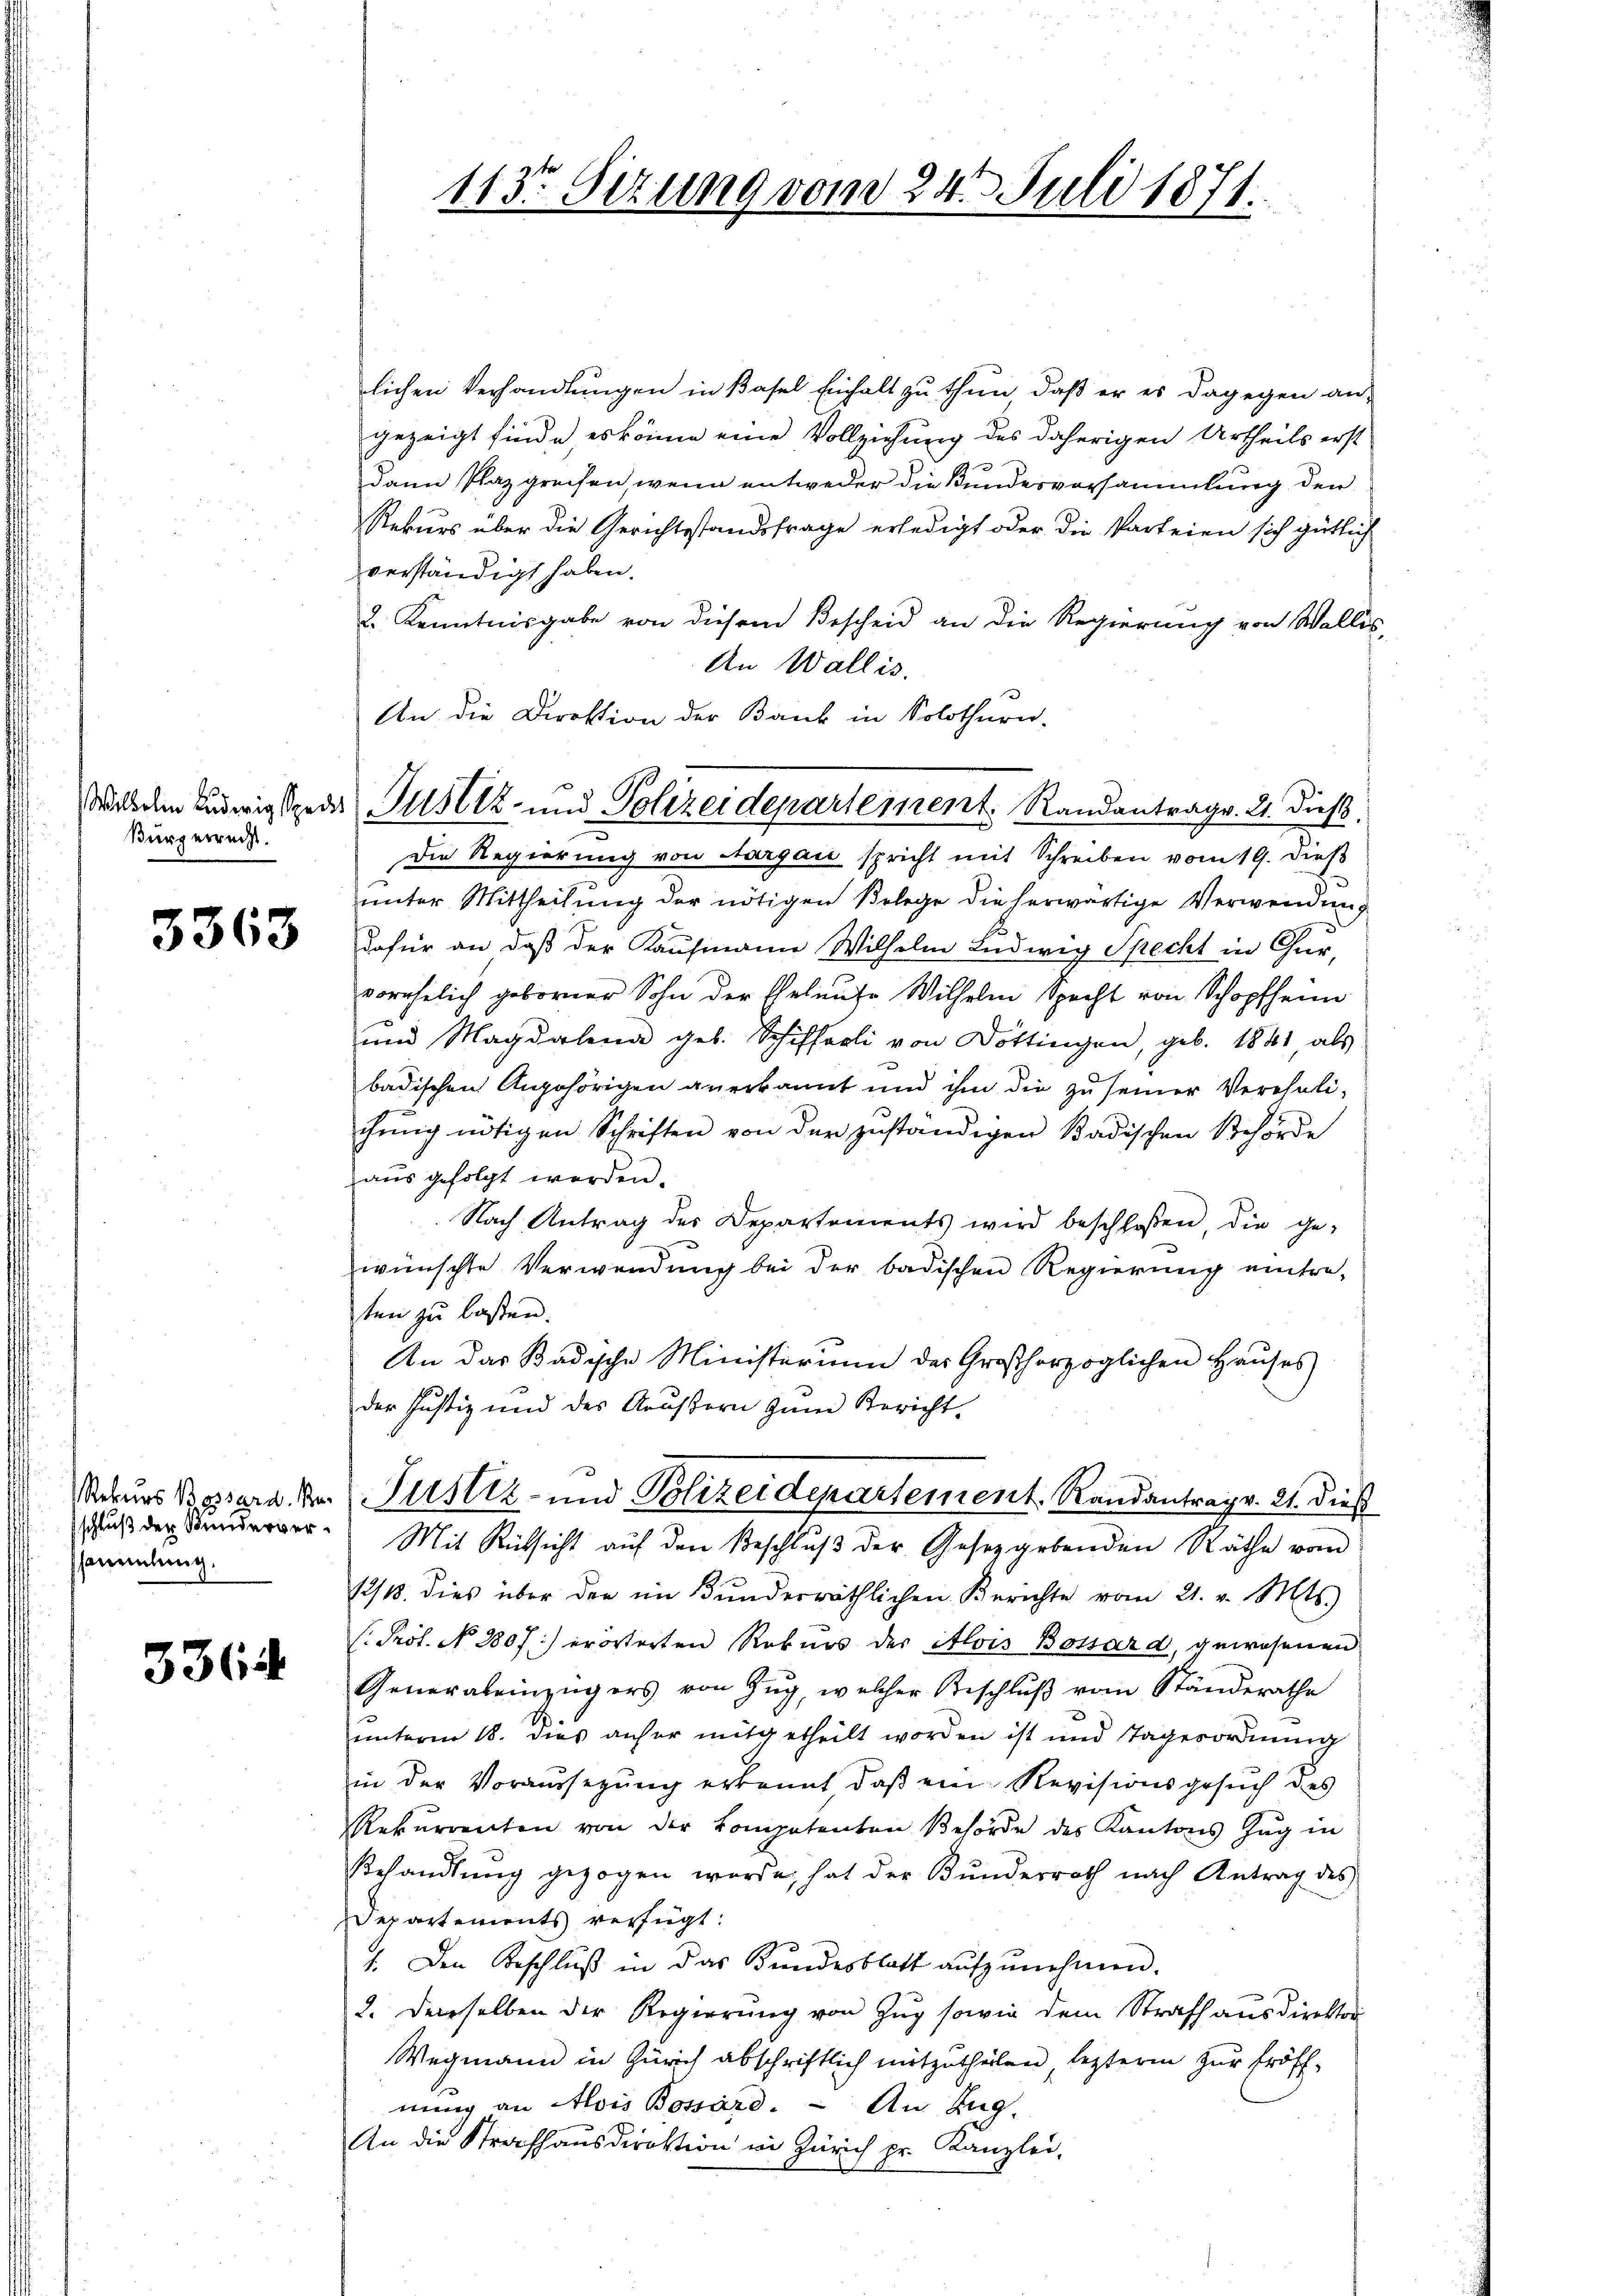
Burgerrecht.

3363

ssammlung.

3364

lichen Verhandlungen in Basel Einhalt zu thun, daß er es dagegen an-
gezeigt finde, es könne eine Vollziehung des daherigen Urtheils erst
dann Plaz greifen, wenn entweder die Bundesversammlung den
Rekurs über die Gerichtsstandsfrage erledigt oder die Parteien sich gütlich
verständigt haben.
2. Kenntnisgabe von diesem Bescheid an die Regierung von Wallis,
An Wallis.
Die Regierung von Aargau spricht mit Schreiben vom 19. dieß
unter Mittheilung der nötigen Belege die herwärtige Verwendung
dafür an daß der Kaufmann Wilhelm Ludwig Specht in Chur,
vorehelich geborner Sohn der Eheleute Wilhelm Specht von Schopfheim
und Magdalena geb. Schiffarli von Döttingen, geb. 1841, als
badischen Angehörigen anerkannt und ihm die zu seiner Vereheli-
chung nötigen Schriften von der zuständigen Badischen Behörde
aus gefolgt werden.
Nach Antrag des Departements wird beschloßen, die ge-
wünschte Verwendung bei der badischen Regierung eintre-
ten zu lassen.
An das Badische Ministerium der Großherzoglichen Haŭses
der Justiz und des Aeussern zum Bericht.
Rekurs Bossare der Justiz- und Polizeidepartement Randantrag v. 21. dieß
ŭβ der Kinderer. Mit Rücksicht aŭf den Beschlŭβ der Gesetzgebenden Räthe vom
12/10. dies über den im Bŭndesräthlichen Berichte vom 21. v. Mts.
: Prof. No. 1807. erörterten Rekurs der Alois Bossard, gewesenen
Generaleinzügers von Zŭg, welcher Beschlŭβ vom Ständerathe
unterm 18. dies anher mitgetheilt worden ist und Tagesordnung
in der Voraussezung erkannt, daβ ein Revisionsgesŭch des
Rekurrenten von der Kompetenten Behörde des Kantons Zug in
Behandlŭng gezogen werde, hat der Bŭndesrath nach Antrag des
Departements verfügt:
. Den Beschlŭβ in das Bundesblatt aŭfzŭnehmen.
2. Derselben der Regierŭng von Zŭg sowie dem Strafhausdirektor
Wegmann in Zürich abschriftlich mitzutheilen, lezterm zur Eröff-
nung an Alois Bossard. - An Zug,
An die Strafhausdirektion in Zürich pr. Kanzlei,

113. Sezung vom 24. Juli 1871.

An die Direktion der Bank in Solothurn.
Wil dem Ludwig Sper Justiz- und Polizeidepartement. Randantrag. 21. dieß.